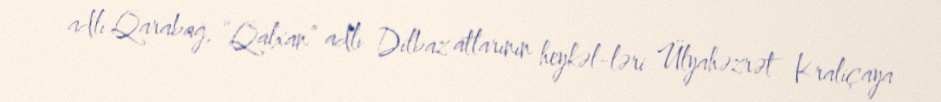
adlı Qarabağ, “Qalxan” adlı Dilbaz atlarının heykəl­ləri Ülyahəzrət Kraliçaya